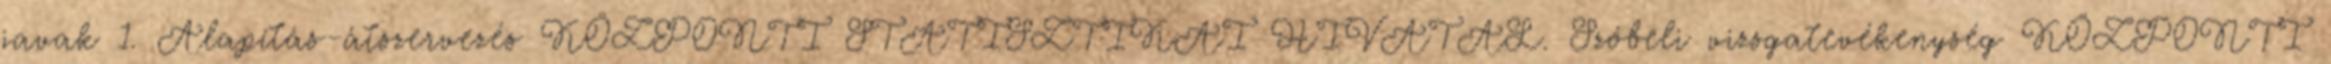
javak 1. Alapítás-átszervezés KÖZPONTI STATISZTIKAI HIVATAL. Szóbeli vizsgatevékenység KÖZPONTI